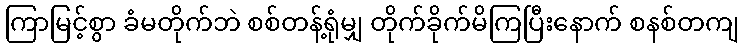
ကြာမြင့်စွာ ခံမတိုက်ဘဲ စစ်တန့်ရုံမျှ တိုက်ခိုက်မိကြပြီးနောက် စနစ်တကျ